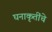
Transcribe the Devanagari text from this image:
घनाकृतींचे